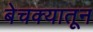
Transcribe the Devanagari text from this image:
बेचक्‍यातून